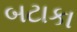
બટાકા